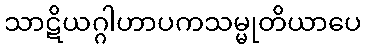
သာဋိယဂ္ဂါဟာပကသမ္မုတိယာပေ